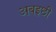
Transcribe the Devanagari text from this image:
अबइछी